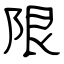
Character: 限